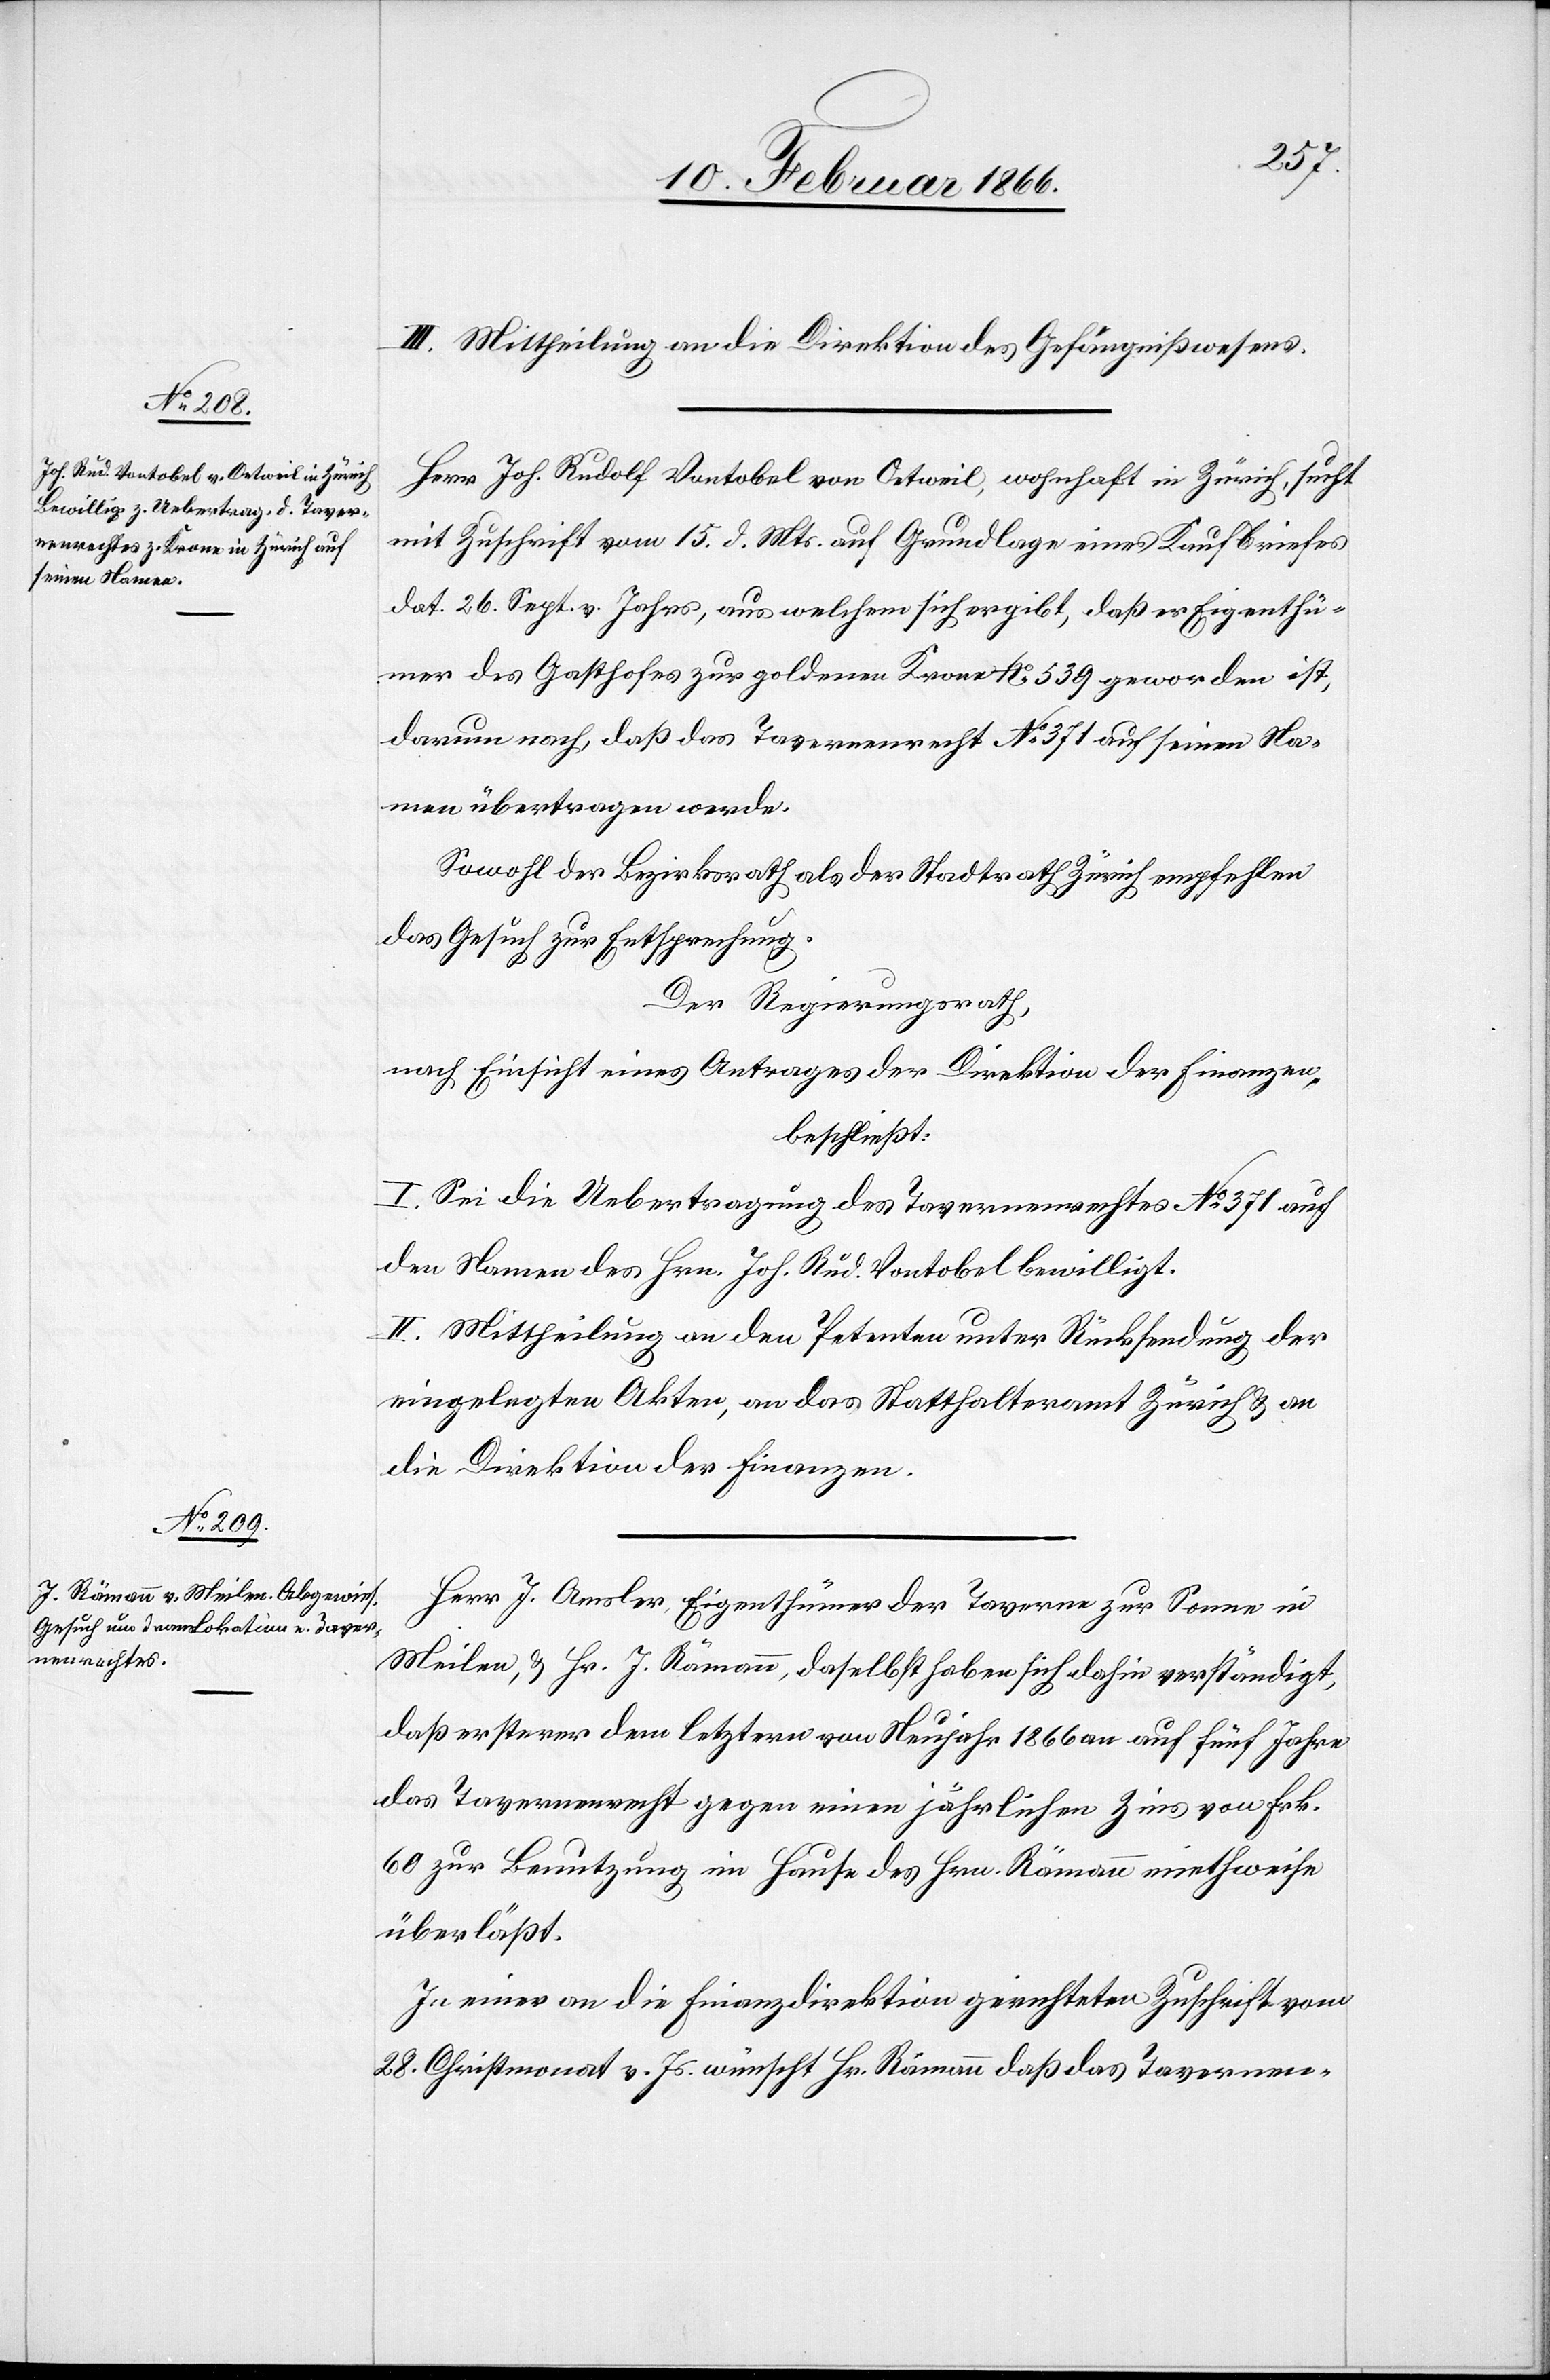
III. Mittheilung an die Direktion des Gefängnißwesens.
Herr Joh. Rudolf Vontobel von Oetweil, wohnhaft in Zürich, sucht
mit Zuschrift vom 15. d. Mts. auf Grundlage eines Kaufbriefes
dat. 26. Sept. v. Jahres, aus welchem sich ergibt, daß er Eigenthü¬
mer des Gasthofes zur goldenen Krone No. 539 geworden ist,
darum nach, daß das Tavernenrecht No. 371 auf seinen Na¬
men übertragen werde.
Sowohl der Bezirksrath als der Stadtrath Zürich empfehlen
das Gesuch zur Entsprechung.
Der Regierungsrath,
nach Einsicht eines Antrages der Direktion der Finanzen,
beschließt:
I. Sei die Uebertragung des Tavernenrechtes No. 371 auf
den Namen des Hrn. Joh. Rud. Vontobel bewilligt.
II. Mittheilung an den Petenten unter Rücksendung der
eingelegten Akten, an das Statthalteramte Zürich u. an
die Direktion der Finanzen.
Herr J. Amsler, Eigenthümer der Taverne zur Sonne in
Meilen, u. Hr. J. Römann, daselbst haben sich dahin verständigt,
daß ersterer dem letztern von Neujahr 1866 an auf fünf Jahre
das Tavernenrecht gegen einen jährlichen Zins von Frk.
60 zur Benutzung im Hause des Hrn. Römann mietweise
überläßt.
In einer an die Finanzdirektion gerichteten Zuschrift vom
28. Christmonat v. Js. wünscht Hr. Römann daß das Tavernen-